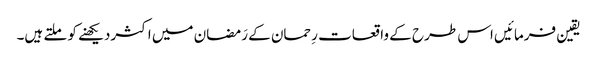
یقین فرمائیں اس طرح کے واقعات رِحمان کے رَمضان میں اکثردیکھنے کو ملتے ہیں۔